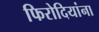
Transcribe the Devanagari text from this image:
फिरोदियांना